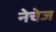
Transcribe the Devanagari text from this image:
नेचेज